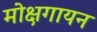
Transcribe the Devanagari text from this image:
मोक्षगायन